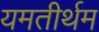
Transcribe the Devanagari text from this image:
यमतीर्थम